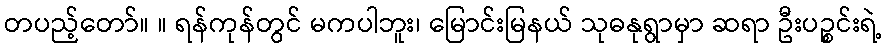
တပည့်တော်။ ။ ရန်ကုန်တွင် မကပါဘူး၊ မြောင်းမြနယ် သုဓနုရွာမှာ ဆရာ ဦးပဉ္စင်းရဲ့